Report on the cholera epidemic of
Year: 1868
Disease focus: Cholera
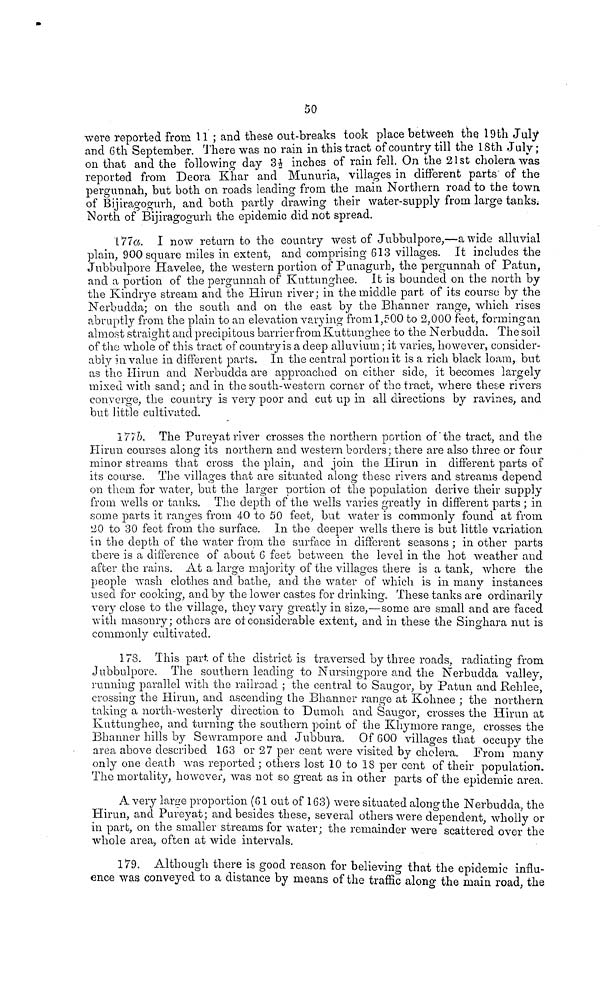
50
were reported from 11 ; and these out-breaks took place between the 19th July
and 6th September. There was no rain in this tract of country till the 18th July;
on that and the following day 3½ inches of rain fell. On the 21st cholera was
reported from Deora Khar and Munuria, villages in different parts' of the
pergunnah, but both on roads leading from the main Northern road to the town
of Bijiragogurh, and both partly drawing their water-supply from large tanks.
North of Bijiragogurh the epidemic did not spread.
177a. I now return to the country west of Jubbulpore,—a wide alluvial
plain, 900 square miles in extent, and comprising 613 villages. It includes the
Jubbulpore Havelee, the western portion of Punagurb, the pergunnah of Patun,
and a portion of the pergunnah of Kuttunghee. It is bounded on the north by
the Kindrye stream and the Hirun river ; in the middle part of its course by the
Nerbudda; on the south and on the east by the Bhanner range, which rises
abruptly from the plain to an elevation varying from 1,500 to 2,000 feet, forming an
almost straight and precipitous barrier from Kuttunghee to the Nerbudda. The soil
of the whole of this tract of country is a deep alluvium ; it varies, however, consider-
ably in value in different parís. In the central portion it is a rich black loam, but
as the Hirun and Nerbudda are approached on cither side, it becomes largely
mixed with sand; and in the south-western corner of the tract, where these rivers
converge, the country is very poor and cut up in all directions by ravines, and
but little cultivated.
177b. The Pureyat river crosses the northern portion of the tract, and the
Hirun courses along its northern and western borders; there are also three or four
minor streams that cross the plain, and join the Hirun in different parts of
its course. The villages that are situated along these rivers and streams depend
on thorn for water, but the larger portion oí the population derive their supply
from wells or tanks. The depth of the wells varies greatly in different parts ; in
some parts it ranges from 40 to 50 feet, but water is commonly found at from
20 to 30 feet from the surface. In the deeper wells there is but little variation
in the depth of the water from the surface in different seasons ; in other parts
there is a difference of about G feet between the level in the hot weather and
after the rains. At a large majority of the villages there is a tank, where the
people wash clothes and bathe, and the water of which is in many instances
used for cooking, and by the lower castes for drinking. These tanks are ordinarily
very close to the village, they vary greatly in size,—some are small and are faced
with masonry; others are oí considerable extent, and in these the Singhara nut is
commonly cultivated.
178. This part of the district is traversed by three roads, radiating from
Jubbulpore. The southern leading to Nnrsingpore and the Nerbudda valley,
running parallel with the railroad ; the central to Saugor, by Patun and Rehlee,
crossing the Hirun, and ascending the Bhanner range at Kohnee ; the northern
taking a north-westerly direction to Dumoh and Saugor, crosses the Hirun at
Kuttunghee, and turning the southern point of the Khyrnore range, crosses the
Bhanner hills by Sewrampore and Jubbura. Of 600 villages that occupy the
area above described 163 or 27 per cent were visited by cholera. From many
only one death was reported ; others lost 10 to 18 per cent of their population.
The mortality, however, was not so great as in other parts of the epidemic area.
A very large proportion (61 out of 163) were situated along the Nerbudda, the
Hirun, and Pureyat; and besides these, several others were dependent, wholly or
in part, on the smaller streams for water; the remainder were scattered over the
whole area, often at wide intervals.
179. Although there is good reason for believing that the epidemic influ-
ence was conveyed to a distance by means of the traffic along the main road, the